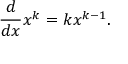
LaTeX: { \frac { d } { d x } } x ^ { k } = k x ^ { k - 1 } .